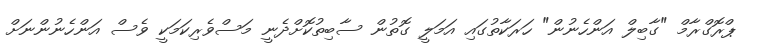
ޕްރޮގްރާމް "ގާބިލް އަންހެނުން" ހަރަކާތުގައި އަމަލީ ގޮތުން ސާބިތުކޮށްދެނީ މަސްވެރިކަމަކީ ވެސް އަންހެނުންނަށް